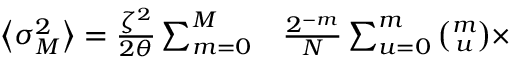
\begin{array} { r l } { \left\langle \sigma _ { M } ^ { 2 } \right\rangle = \frac { \zeta ^ { 2 } } { 2 \theta } \sum _ { m = 0 } ^ { M } } & { { } \frac { 2 ^ { - m } } { N } \sum _ { u = 0 } ^ { m } \binom { m } { u } \times } \end{array}